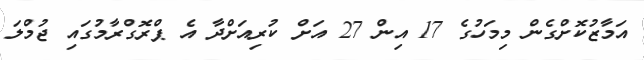
އަމާޒުކޮށްގެން މިމަހުގެ 17 އިން 27 އަށް ކުރިއަށްދާ އެ ޕްރޮގްރާމުގައި ޖުމްލަ